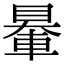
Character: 䡞